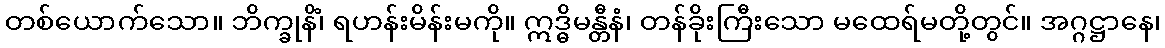
တစ်ယောက်သော။ ဘိက္ခုနိံ၊ ရဟန်းမိန်းမကို။ ဣဒ္ဓိမန္တီနံ၊ တန်ခိုးကြီးသော မထေရ်မတို့တွင်။ အဂ္ဂဋ္ဌာနေ၊